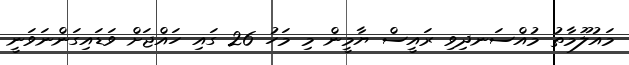
މައުލޫމާތު މުއްސަނދިވި ރައީސް ޔާމީން މި މަހު 26 ގައި ހައްޖަށް ވަޑައިގަންނަވަނީ